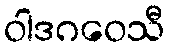
ဝါဒဂဝေသီ